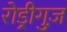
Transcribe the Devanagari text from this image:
रोड्रीगुज़